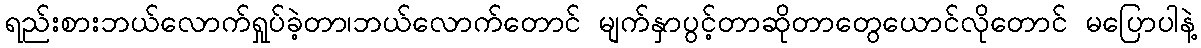
ရည်းစားဘယ်လောက်ရှုပ်ခဲ့တာ၊ဘယ်လောက်တောင် မျက်နှာပွင့်တာဆိုတာတွေယောင်လိုတောင် မပြောပါနဲ့